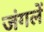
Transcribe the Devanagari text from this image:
जंगलें